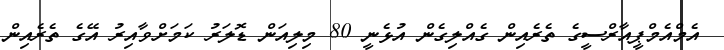
އެމްއެމްޕީއާރްސީގެ ތެރެއިން ގެއްލިގެން އުޅެނީ 80 މިލިއަން ޑޮލަރު ކަމަށްވާއިރު އޭގެ ތެރެއިން